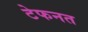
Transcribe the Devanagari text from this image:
टेफनत